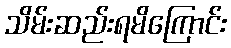
သိမ်းဆည်းရမိကြောင်း